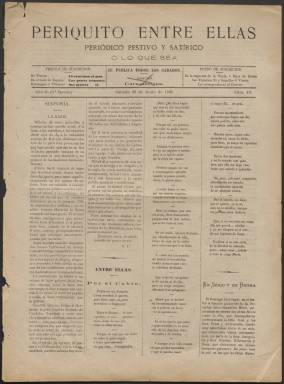
Título: Periquito entre ellas
Colección: Periódicos
Ámbito geográfico: Álava
Lugar de publicación: Vitoria
Fechas: 20/06/1885-03/03/1891